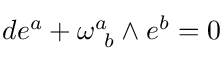
d e ^ { a } + \omega _ { \ b } ^ { a } \wedge e ^ { b } = 0